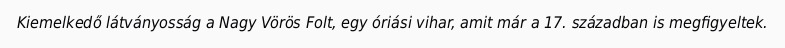
Kiemelkedő látványosság a Nagy Vörös Folt, egy óriási vihar, amit már a 17. században is megfigyeltek.